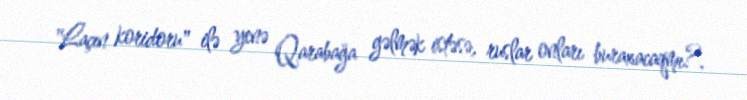
"Laçın koridoru" ilə yenə Qarabağa gəlmək istəsə, ruslar onları buraxacaqmı?.